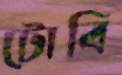
টোবি